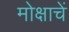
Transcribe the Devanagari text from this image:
मोक्षाचें